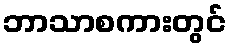
ဘာသာစကားတွင်